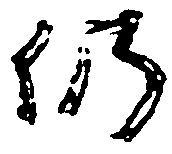
仍